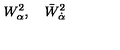
W _ { \alpha } ^ { 2 } , \quad \bar { W } _ { \dot { \alpha } } ^ { 2 }